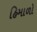
હિમાળો